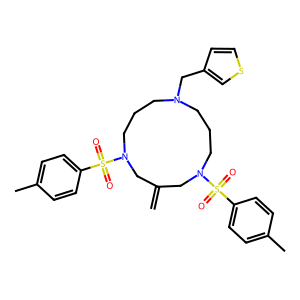
SMILES: C=C1CN(S(=O)(=O)c2ccc(C)cc2)CCCN(Cc2ccsc2)CCCN(S(=O)(=O)c2ccc(C)cc2)C1
Inhibits HIV replication: No